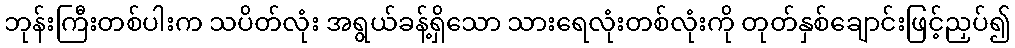
ဘုန်းကြီးတစ်ပါးက သပိတ်လုံး အရွယ်ခန့်ရှိသော သားရေလုံးတစ်လုံးကို တုတ်နှစ်ချောင်းဖြင့်ညှပ်၍